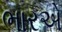
ભારએ